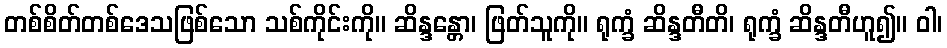
တစ်စိတ်တစ်ဒေသဖြစ်သော သစ်ကိုင်းကို။ ဆိန္ဒန္တော၊ ဖြတ်သူကို။ ရုက္ခံ ဆိန္ဒတီတိ၊ ရုက္ခံ ဆိန္ဒတီဟူ၍။ ဝါ၊